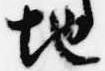
地